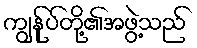
ကျွန်ုပ်တို့၏အဖွဲ့သည်